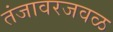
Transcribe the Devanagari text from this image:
तंजावरजवळ